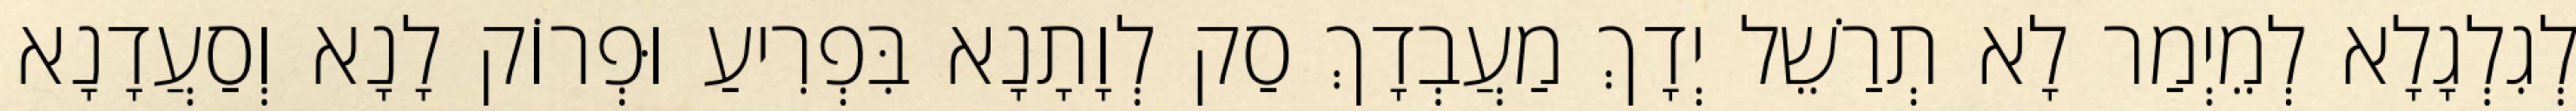
לְגִלְגָלָא לְמֵיְמַר לָא תְרַשֵׁל יְדָךְ מַעֲבְדָךְ סַק לְוָתָנָא בִּפְרִיעַ וּפְרוֹק לָנָא וְסַעֲדָנָא